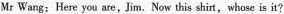
Mr Wang: Here you are , Jim. Now this shirt, whose is it?